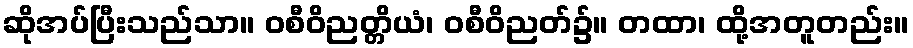
ဆိုအပ်ပြီးသည်သာ။ ဝစီဝိညတ္တိယံ၊ ဝစီဝိညတ်၌။ တထာ၊ ထို့အတူတည်း။